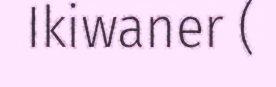
Ikiwaner (